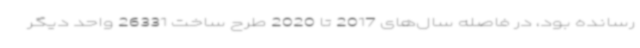
رسانده بود، در فاصله سال‌های 2017 تا 2020 طرح‌ ساخت 26331 واحد دیگر